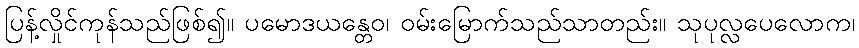
ပြန့်လှိုင်ကုန်သည်ဖြစ်၍။ ပမောဒယန္တေဝ၊ ဝမ်းမြောက်သည်သာတည်း။ သုပုလ္လပေလောက၊